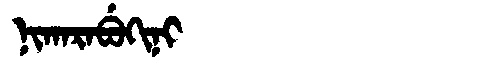
Manchu: ᠨᡳᡴᠠᡵᠠᠪᡠᡴᡳᠨᡳ
Romanization: NIKARABUKINI